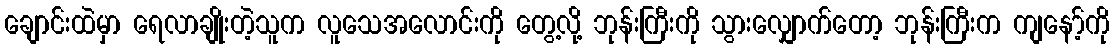
ချောင်းထဲမှာ ရေလာချိုးတဲ့သူက လူသေအလောင်းကို တွေ့လို့ ဘုန်းကြီးကို သွားလျှောက်တော့ ဘုန်းကြီးက ကျနော့်ကို